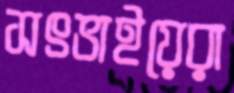
সৎভাইয়েরা